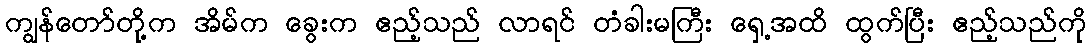
ကျွန်တော်တို့က အိမ်က ခွေးက ဧည့်သည် လာရင် တံခါးမကြီး ရှေ့အထိ ထွက်ပြီး ဧည့်သည်ကို